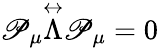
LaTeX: \mathscr{P}_{\mu}\overset\leftrightarrow{\Lambda}\mathscr{P}_{\mu}=0